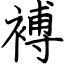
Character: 䙏